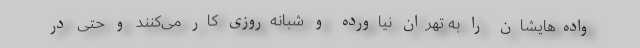
واده‌هایشان را به تهران نیاورده و شبانه‌روزی کار می‌کنند و حتی در